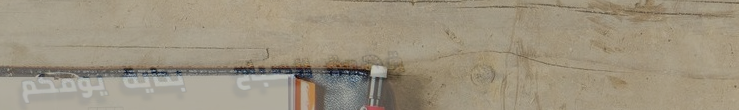
قهوة الصباح   بداية يومكم